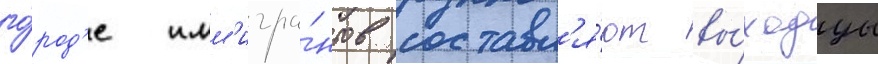
го́род'е имм'игра́нтов составл'я́ют вы́ходцы